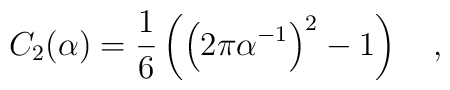
C_2(\alpha)=\frac 16 \left(\left(2\pi \alpha^{-1}\right)^2-1\right)~~~,